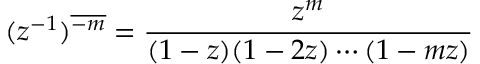
( z ^ { - 1 } ) ^ { \overline { { - m } } } = { \frac { z ^ { m } } { ( 1 - z ) ( 1 - 2 z ) \cdots ( 1 - m z ) } }